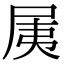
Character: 𡱐